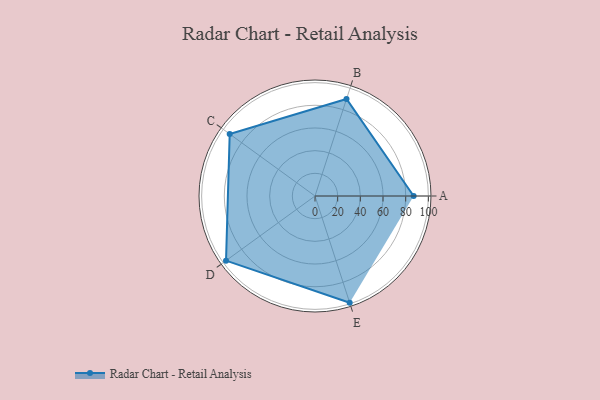
{"axis": {"x": "Skill", "y": "Score"}, "legend": ["Profile"], "data": [{"x": "A", "y": 87.0, "type": "Profile"}, {"x": "B", "y": 90.0, "type": "Profile"}, {"x": "C", "y": 93.0, "type": "Profile"}, {"x": "D", "y": 97.0, "type": "Profile"}, {"x": "E", "y": 99, "type": "Profile"}]}